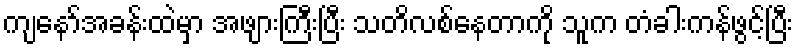
ကျနော်အခန်းထဲမှာ အဖျားကြီးပြီး သတိလစ်နေတာကို သူက တံခါးကန်ဖွင့်ပြီး